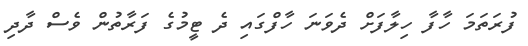
ފުރަތަމަ ހާފާ ހިލާފަށް ދެވަނަ ހާފްގައި ދެ ޓީމުގެ ފަރާތުން ވެސް ދާދި